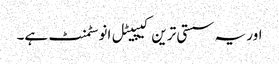
اور یہ سستی ترین کیپیٹل انوسٹمنٹ ہے۔